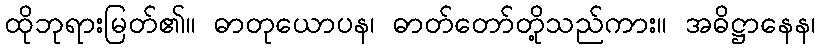
ထိုဘုရားမြတ်၏။ ဓာတုယောပန၊ ဓာတ်တော်တို့သည်ကား။ အဓိဋ္ဌာနေန၊